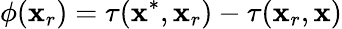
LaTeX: \phi(\mathbf{x}_{r})=\tau(\mathbf{x}^{*},\mathbf{x}_{r})-\tau(\mathbf{x}_{r},\mathbf{x})